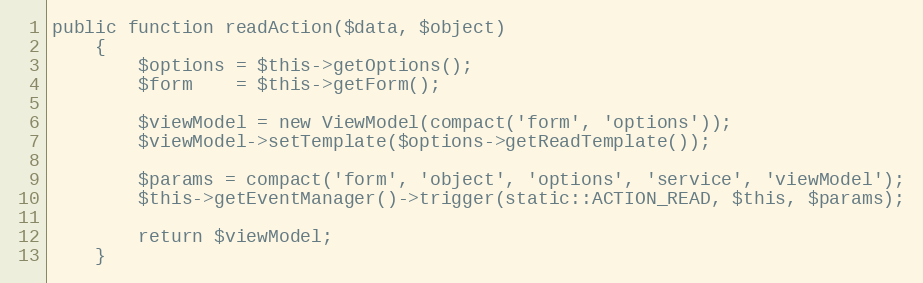
Language: PHP
public function readAction($data, $object)
    {
        $options = $this->getOptions();
        $form    = $this->getForm();

        $viewModel = new ViewModel(compact('form', 'options'));
        $viewModel->setTemplate($options->getReadTemplate());

        $params = compact('form', 'object', 'options', 'service', 'viewModel');
        $this->getEventManager()->trigger(static::ACTION_READ, $this, $params);

        return $viewModel;
    }